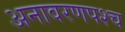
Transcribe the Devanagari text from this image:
अनावरणपश्च